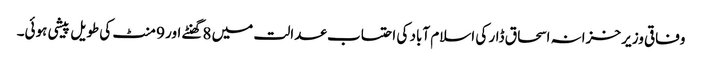
وفاقی وزیر خزانہ اسحاق ڈار کی اسلام آباد کی احتساب عدالت میں 8گھنٹے اور 9 منٹ کی طویل پیشی ہوئی۔